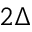
2 \Delta